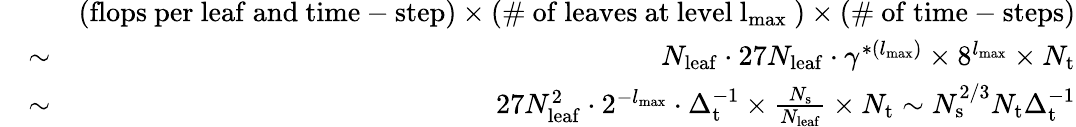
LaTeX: \begin{array}{rlr}&{}&{(\mathrm{flops~per~leaf~and~time-step})\times(\mathrm{\# ~of~leaves~at~level~{l_{{\mathrm{max}}}}~})\times(\mathrm{\# ~of~time-steps})}\\ &{\sim}&{N_{{\mathrm{leaf}}}\cdot 27N_{{\mathrm{leaf}}}\cdot\gamma^{*({l_{{\mathrm{max}}}})}\times 8^{{l_{{\mathrm{max}}}}}\times N_{\mathrm{t}}}\\ &{\sim}&{27N_{{\mathrm{leaf}}}^{2}\cdot 2^{-{l_{{\mathrm{max}}}}}\cdot\Delta_{\mathrm{t}}^{-1}\times\frac{N_{\mathrm{s}}}{N_{{\mathrm{leaf}}}}\times N_{\mathrm{t}}\sim N_{\mathrm{s}}^{2/3}N_{\mathrm{t}}\Delta_{\mathrm{t}}^{-1}}\end{array}